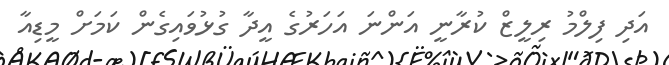
އަދި ފިލްމު ރިލީޒް ކުރާނީ އަންނަ އަހަރުގެ އީދާ ގުޅުވައިގެން ކަމަށް މީޑިއާ